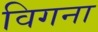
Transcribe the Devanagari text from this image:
विगना